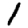
Digit: 1